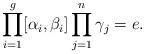
LaTeX: \begin{align*}\prod_{i=1}^g[\alpha_i,\beta_i]\prod_{j=1}^n\gamma_j=e.\end{align*}